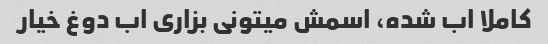
کاملا اب شده، اسمش میتونی بزاری اب دوغ خیار